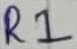
Text: R1